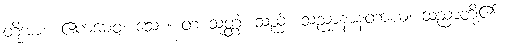
တို့အား။ ဧကမေဝ၊ သော။ တံ သုတ္တံ၊ သည်။ သညာနာနတာယ၊ သညာတို့၏